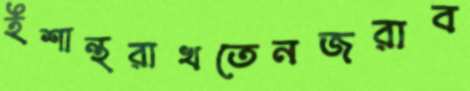
ইশান্থরাখতেনজরাব